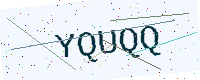
Text: YQUQQ